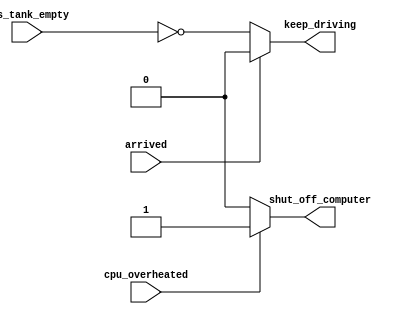
//Combinational circuits must have a value assigned to all outputs under all conditions. 
//This usually means you always need else clauses or a default value assigned to the outputs.
//
//else


// synthesis verilog_input_version verilog_2001
module top_module (
    input      cpu_overheated,
    output reg shut_off_computer,
    input      arrived,
    input      gas_tank_empty,
    output reg keep_driving  ); //

    always @(*) begin
        if (cpu_overheated)
           shut_off_computer = 1;
        else 
            shut_off_computer = 0;
    end

    always @(*) begin
        if (~arrived)
          keep_driving = ~gas_tank_empty;
        else 
          keep_driving = 0;
          
    end

endmodule